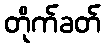
တိုက်ခတ်